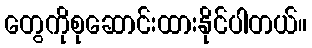
တွေကိုစုဆောင်းထားနိုင်ပါတယ်။